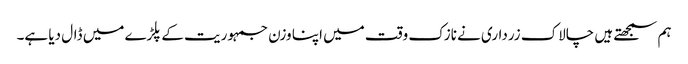
ہم سمجھتے ہیں چالاک زرداری نے نازک وقت میں اپنا وزن جمہوریت کے پلڑے میں ڈال دیا ہے۔